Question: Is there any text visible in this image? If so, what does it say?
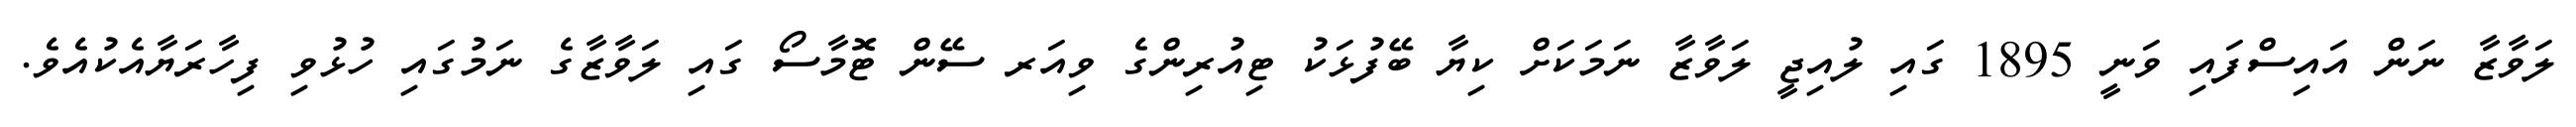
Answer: ލަވާޒާ ނަން އައިސްފައި ވަނީ 1895 ގައި ލުއިޖީ ލަވާޒާ ނަމަކަށް ކިޔާ ބޭފުޅަކު ޓިއުރިންގެ ވިއަރ ސޭން ޓޮމާސޯ ގައި ލަވާޒާގެ ނަމުގައި ހުޅުވި ފިހާރަޔާއެކުއެވެ.